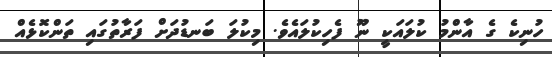
ހުނިކެ ގެ އާންމު ކުލައަކީ ނޫ ފެހިކުލައެވެ. މިކުލަ ބަނޑުދަށް ފަރާތުގައި ތަންކޮޅެއް